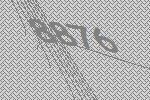
8876